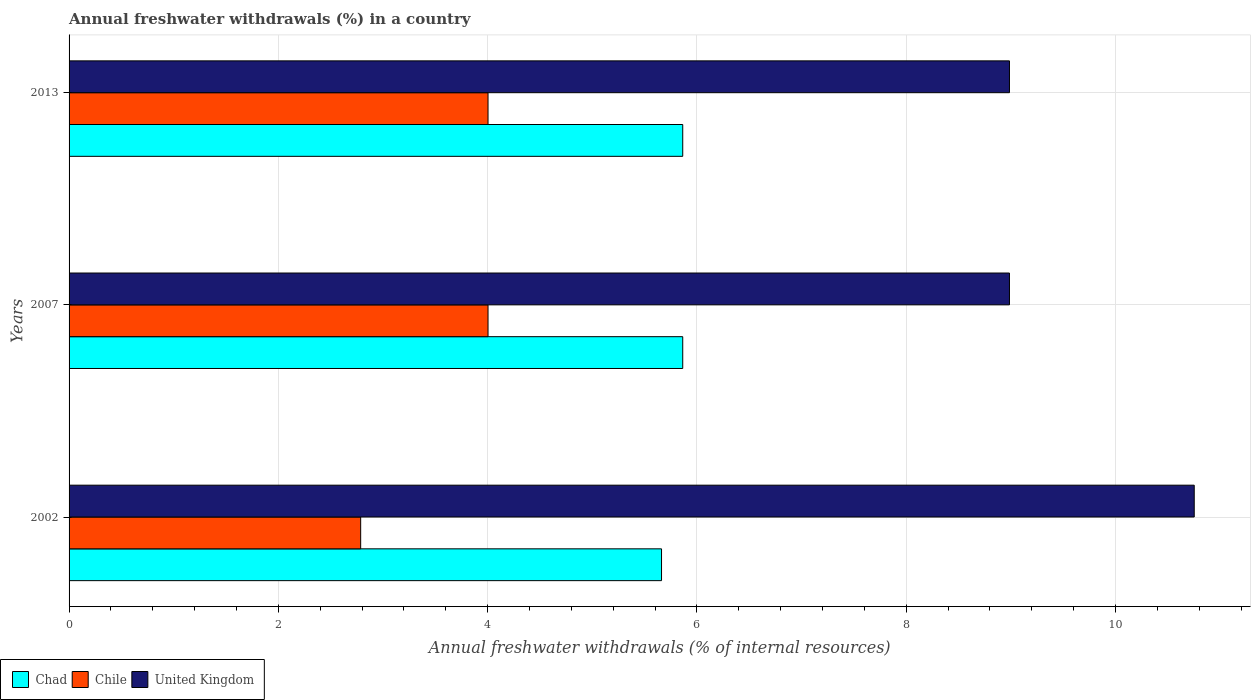
| Years | Chad | Chile | United Kingdom |
 | --- | --- | --- | --- |
 | 2002 | 5.66 | 2.79 | 10.8 |
 | 2007 | 5.86 | 4 | 8.99 |
 | 2013 | 5.86 | 4 | 8.99 |